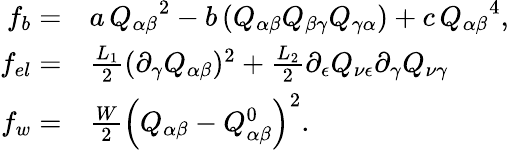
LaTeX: \begin{array}{rl}{f_{b}=}&{{}a\, {Q_{\alpha\beta}}^{2}-b\, (Q_{\alpha\beta}Q_{\beta\gamma}Q_{\gamma\alpha})+c\, {Q_{\alpha\beta}}^{4},}\\ {f_{el}=}&{{}\frac{L_{1}}{2}(\partial_{\gamma}Q_{\alpha\beta})^{2}+\frac{L_{2}}{2}\partial_{\epsilon}Q_{\nu\epsilon}\partial_{\gamma}Q_{\nu\gamma}}\\ {f_{w}=}&{{}\frac{W}{2}\left(Q_{\alpha\beta}-Q_{\alpha\beta}^{0}\right)^{2}.}\end{array}